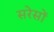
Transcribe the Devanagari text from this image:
सरेसों